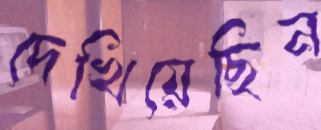
দেখিয়েছিন